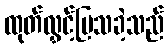
ထုတ်လွှင့်ပြသခဲ့သည်